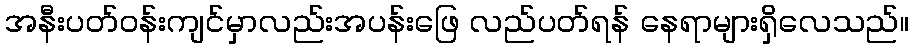
အနီးပတ်ဝန်းကျင်မှာလည်းအပန်းဖြေ လည်ပတ်ရန် နေရာများရှိလေသည်။